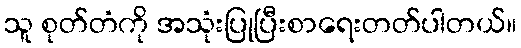
သူ စုတ်တံကို အသုံးပြုပြီးစာရေးတတ်ပါတယ်။